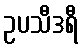
ဥပသီဒရီ